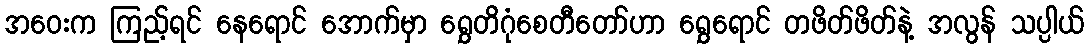
အဝေးက ကြည့်ရင် နေရောင် အောက်မှာ ရွှေတိဂုံစေတီတော်ဟာ ရွှေရောင် တဖိတ်ဖိတ်နဲ့ အလွန် သပ္ပါယ်